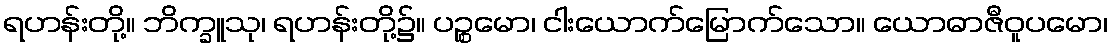
ရဟန်းတို့။ ဘိက္ခူသု၊ ရဟန်းတို့၌။ ပဉ္စမော၊ ငါးယောက်မြောက်သော။ ယောဓာဇီဝူပမော၊